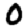
Digit: 0